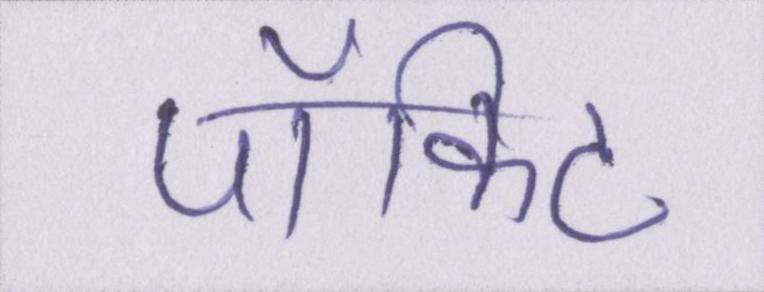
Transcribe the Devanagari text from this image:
पॉकिट